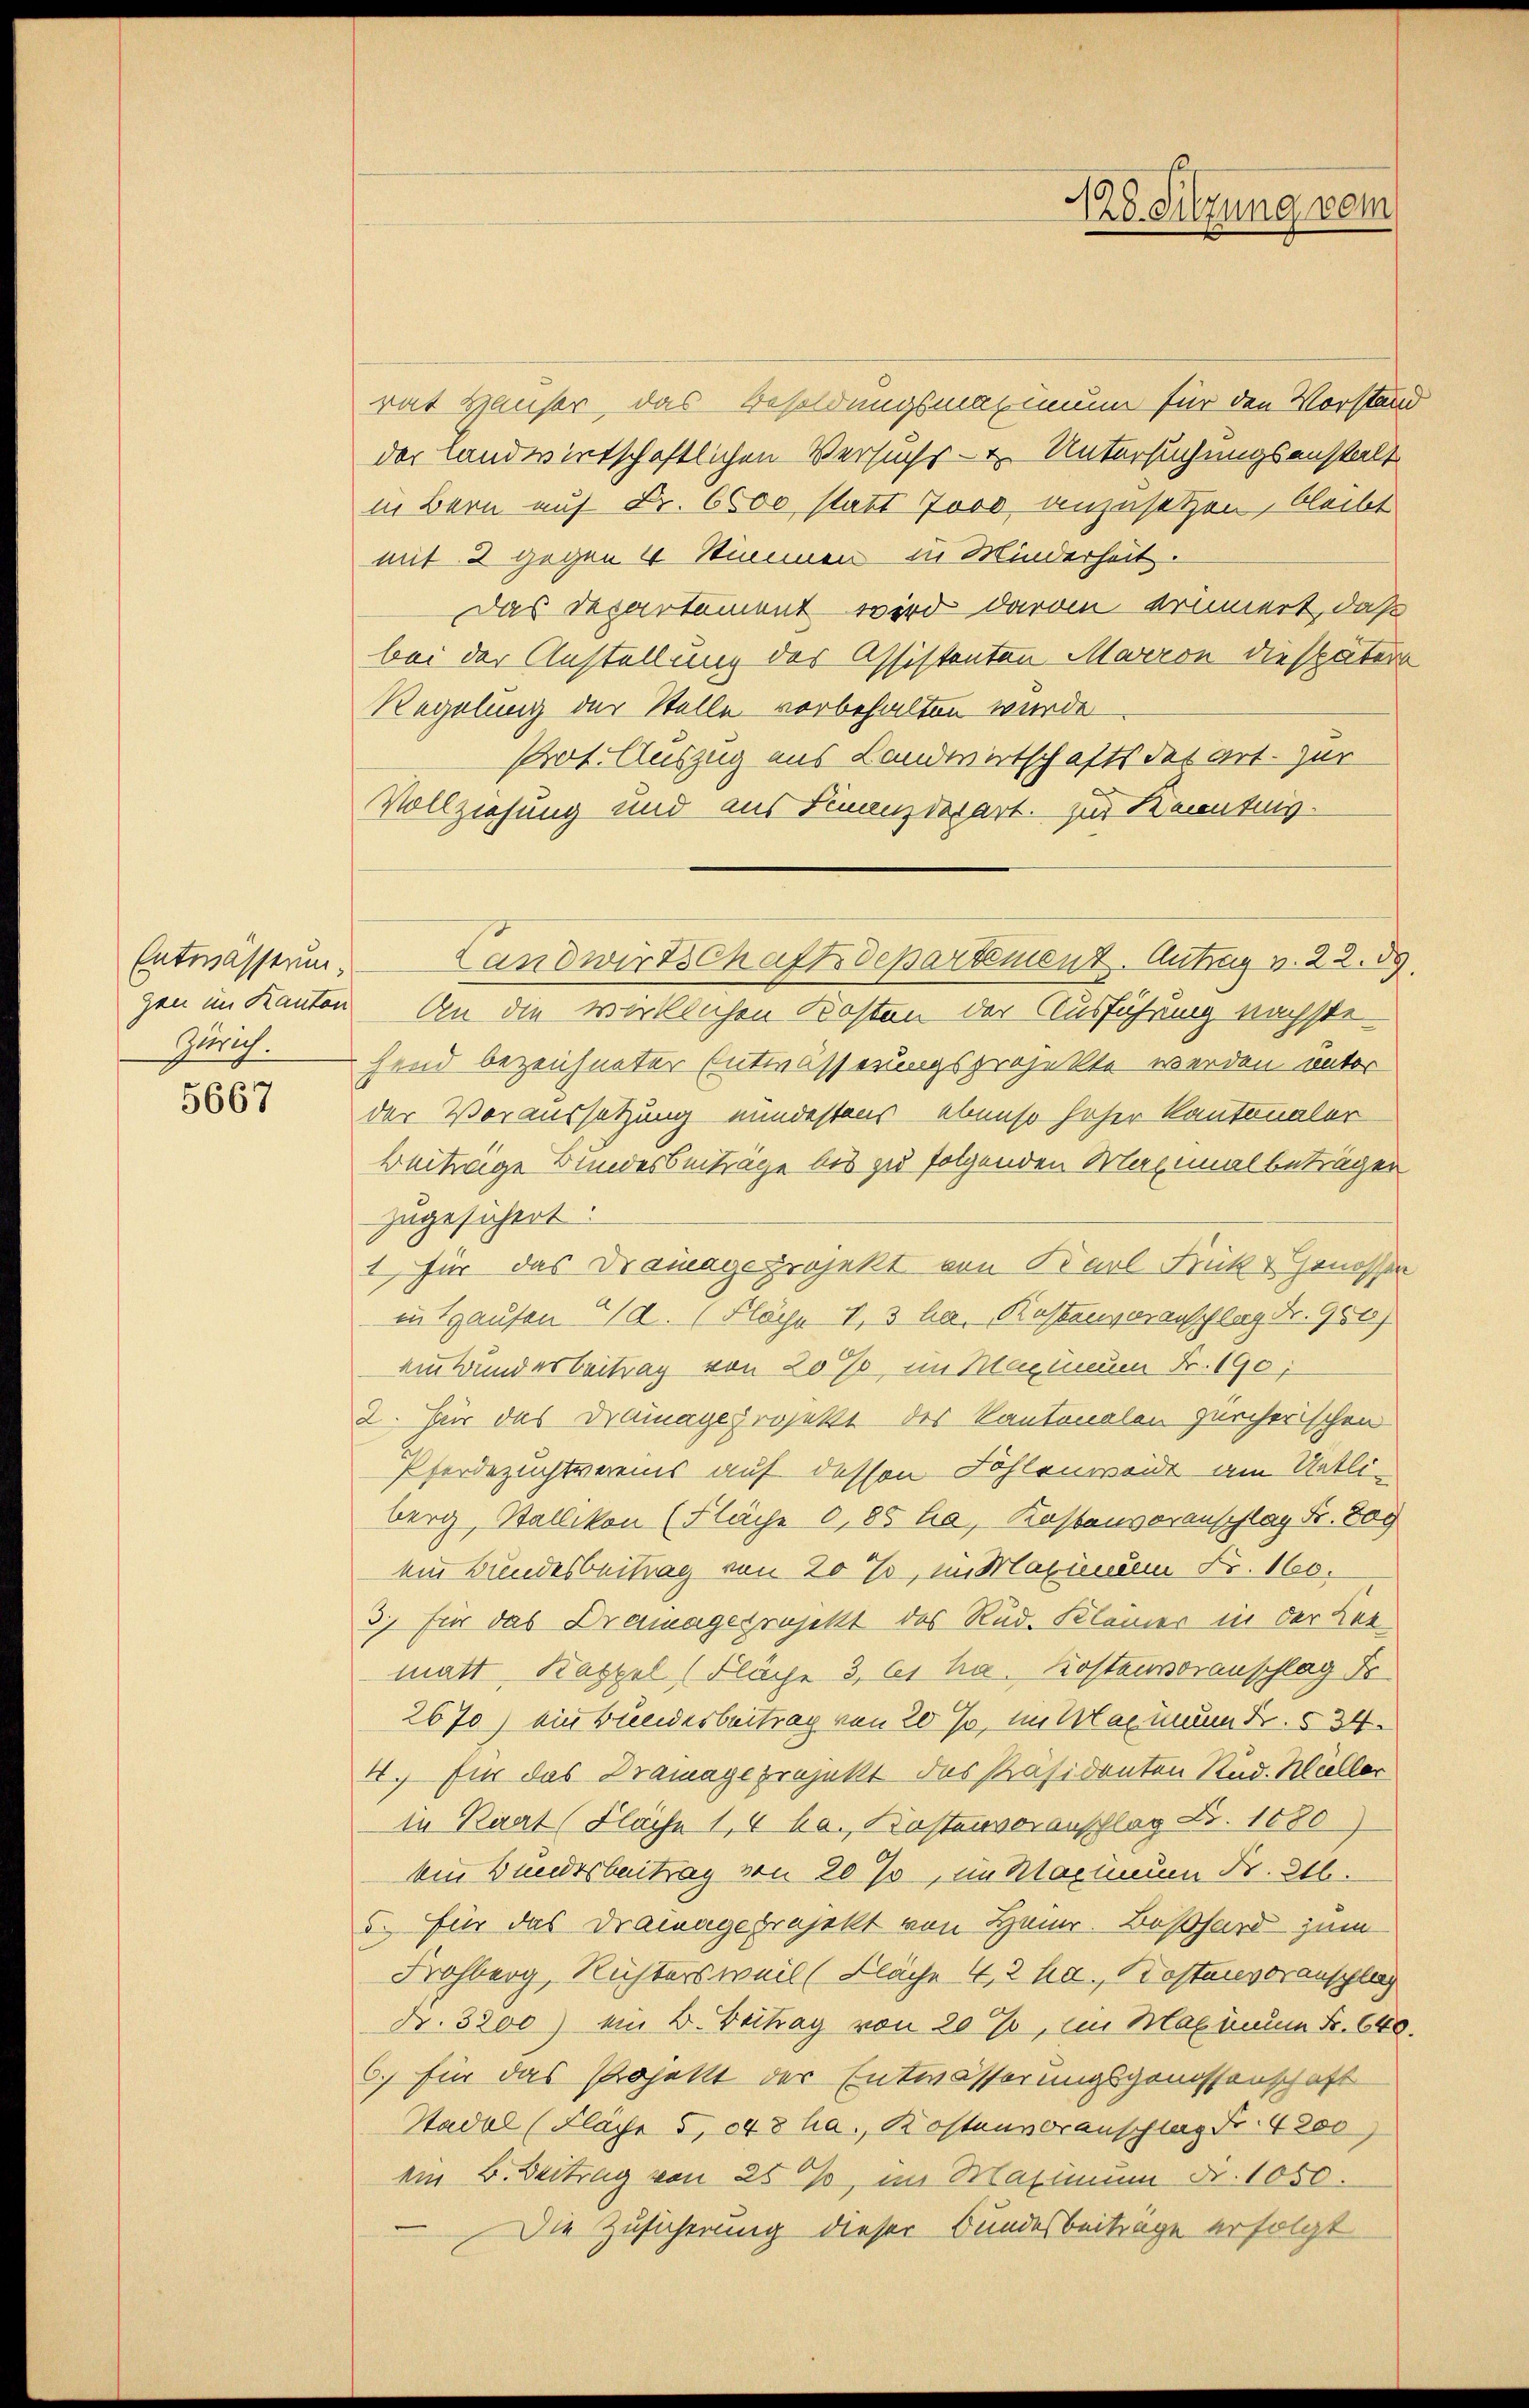
Entwässerung.
Zürich.

5667

rat Häuser, das Besoldungsmaximum für den Vorstän
der Landwirtschaftlichen Versuchs- u. Untersuchungsanstalt
in Bern auf Fr. 6500 statt Jovo anzusetzen, bleibt
mit 2 gegen 4 Stimmen in Minderheit.
Das Departement wird davon erinnert, daß
bei der Anstellung des Assistenten Marron die später
Regelung der Stelle vorbehalten wurde
Prot. Auszug aus Landwirtschafts des Art. zur
Vollziehung und aus Finanzdepart. zur Kenntnis-
gen im Kanton. An die wirklichen Kosten der Ausführung nächstehend bezeichneter Entwässerungsprojekte werden unter
der Voraussetzung mindestens ebenso hoher Kantonaler
beitwige Bundesbeiträge bis zu folgenden Maximal beträgen
zugesichert.
1, für das Drainagsprojekt von Karl Früher Genossen
in Hausen (d. (Fläche V. 3 ha. Kostenvoranschlag Fr. 980
ainbundesbeitrag von 20 %, im Maximeum Fr. 190,
2. Für das Dramage projekt des Kantonalen zürcherischen
Pferdezuchtvereins auf dessen Fohlenweide am Uetliberg, Stallikon (Fläche 0,85 ha, Kostenvoranschlag Fr. 809
ein Bundesbeitrag von 20%, im Maximum Fr. 160.
3.) Für das Drainageprojekt des Rud. Kleiner in der Kermatt Kappel (Fläche 3, 61 ha. Kostenvoranschlag Fr.
2670) ein Bundesbeitrag von 20 %, im Maximum Fr. 534.
4.) Für das Dramage projekt des Präsidenten Rud. Müller
in Raat (Fläche 1,4 ka., Kostenvoranschlag Fr. 1880)
ein Bundesbeitrag von 20 %, im Maximum Fr. 216.
5. Für das Drainage projekt von Heinr. Boßhard zum
Frohberg, Richtersweil (Fläche 4, 2 ha., Kostenvoranschlag
Nr. 3200) ein B. Beitrag von 20 %, im Maximum Fr. 640.
6) für das Projekt der Entwässerungsgenossenschaft
Stadel (Fläche 5, 848 ha., Kostenvoranschlag Fr. 4800)
ein B. Beitrag von 25 %%, im Maximum Fr. 1050.
Die Zusicherung dieser Bundesbeiträge erfolgt

Landwirtschaftsdepartement. Antrag v. 22. 89.

128. Sitzung vom